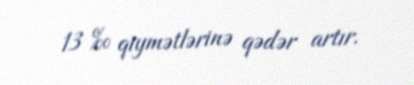
13 ‰ qiymətlərinə qədər artır.